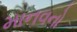
માનવનો